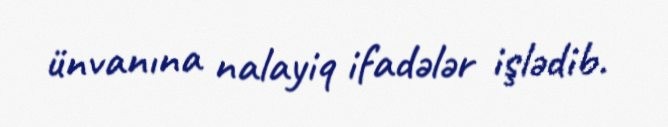
ünvanına nalayiq ifadələr işlədib.